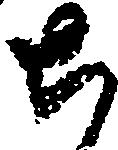
ち